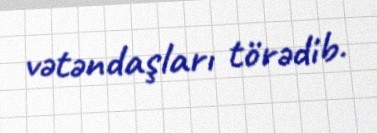
vətəndaşları törədib.